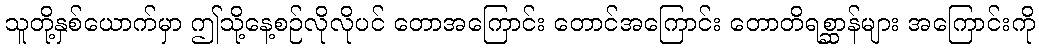
သူတို့နှစ်ယောက်မှာ ဤသို့နေ့စဉ်လိုလိုပင် တောအကြောင်း တောင်အကြောင်း တောတိရစ္ဆာန်များ အကြောင်းကို